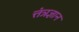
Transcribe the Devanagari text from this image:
त्तंत्रज्ञान